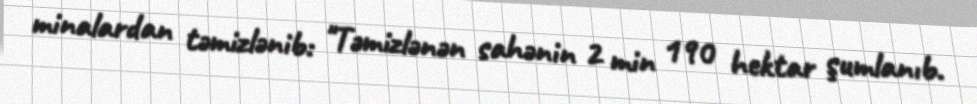
minalardan təmizlənib: "Təmizlənən sahənin 2 min 190 hektar şumlanıb.